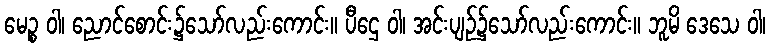
မေဉ္စ ဝါ၊ ညောင်စောင်း၌သော်လည်းကောင်း။ ပီဌေ ဝါ၊ အင်းပျဉ်၌သော်လည်းကောင်း။ ဘူမိ ဒေသေ ဝါ၊